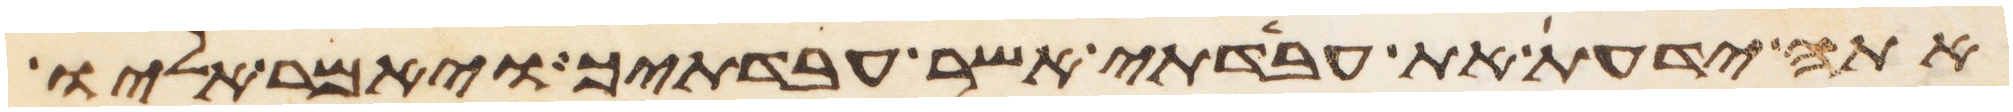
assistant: אתה ידעת את עבדתי אשר עבדתיך ויאמר אליו